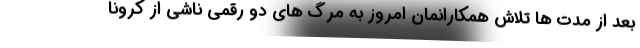
بعد از مدت ها تلاش همکارانمان امروز به مرگ های دو رقمی ناشی از کرونا